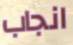
انجاب